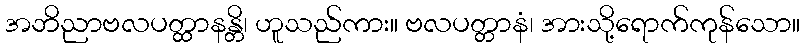
အဘိညာဗလပတ္ထာနန္တိ၊ ဟူသည်ကား။ ဗလပတ္တာနံ၊ အားသို့ရောက်ကုန်သော။